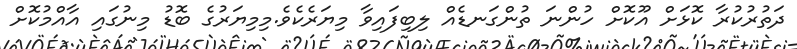
ދަތުރުކުރާ ކޮޅަށް އޫކޮށް ހުންނަ ތުންގަނޑެއް ލިބިފައިވާ މިޔަރެކެވެ.މިމިޔަރުގެ ބޮޑު މިނުގައި އާއްމުކޮށް